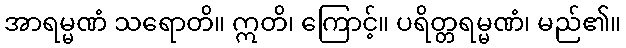
အာရမ္မဏံ သရောတိ။ ဣတိ၊ ကြောင့်။ ပရိတ္တရမ္မဏံ၊ မည်၏။